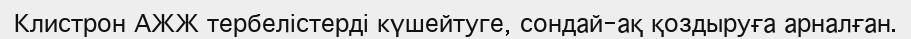
Клистрон АЖЖ тербелістерді күшейтуге, сондай-ақ қоздыруға арналған.